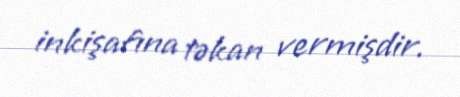
inkişafına təkan vermişdir.